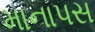
માનાપસ